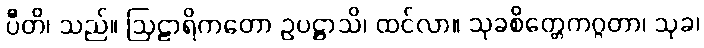
ပီတိ၊ သည်။ ဩဠာရိကတော ဥပဋ္ဌာသိ၊ ထင်လာ။ သုခစိတ္တေကဂ္ဂတာ၊ သုခ၊